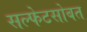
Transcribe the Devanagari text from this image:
सल्फेटसोबत